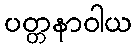
ပတ္တနာဝါယ